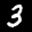
Label: 3